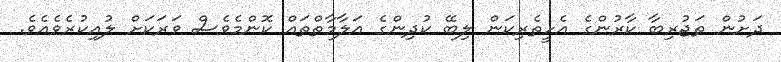
ދަށުން ތަޖުރިބާ ކާރުންގެ އެހީތެރިކަން ލިބޭ ކުދިންގެ އަލާމާތްތައް ކޮންމެވެސް ވަރަކަށް ލުއިކުރެވެއެވެ.